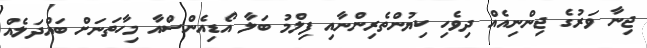
ޖިނާ ވަރުގެ ޖިންނިއެއް ދިވެހި ކިޔުންތެރިންނާއި ފިލްމު ބަލާ އޯޑިއެންސްއާ މިހާތަނަށް ބައްދަލެއް